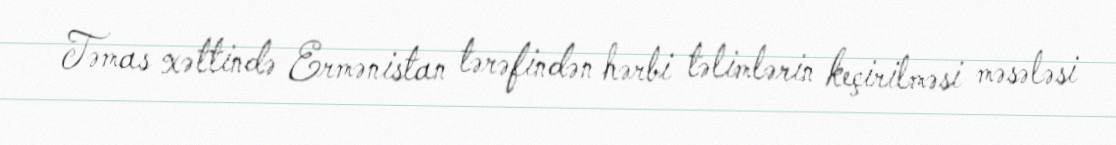
Təmas xəttində Ermənistan tərəfindən hərbi təlimlərin keçirilməsi məsələsi